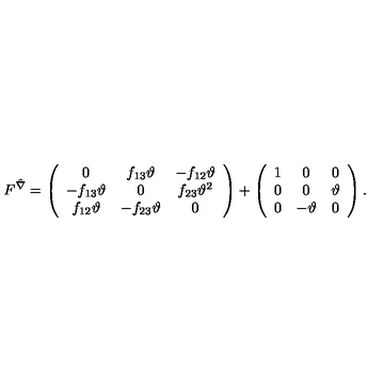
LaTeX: F ^ { \hat { \nabla } } = \left( \begin{array} { c c c } { 0 } & { f _ { 1 3 } \vartheta } & { - f _ { 1 2 } \vartheta } \\ { - f _ { 1 3 } \vartheta } & { 0 } & { f _ { 2 3 } \vartheta ^ { 2 } } \\ { f _ { 1 2 } \vartheta } & { - f _ { 2 3 } \vartheta } & { 0 } \\ \end{array} \right) + \left( \begin{array} { c c c } { 1 } & { 0 } & { 0 } \\ { 0 } & { 0 } & { \vartheta } \\ { 0 } & { - \vartheta } & { 0 } \\ \end{array} \right) .